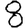
Digit: 8